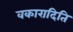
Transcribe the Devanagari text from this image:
वकारादिति